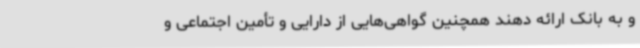
و به بانک ارائه دهند همچنین گواهی‌هایی از دارایی و تأمین اجتماعی و